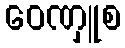
ဝေဏှူစ